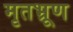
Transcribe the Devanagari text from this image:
मृतभ्रूण